Lunatic asylums Burma 1907-21 - 1907-1921
Year: 1907
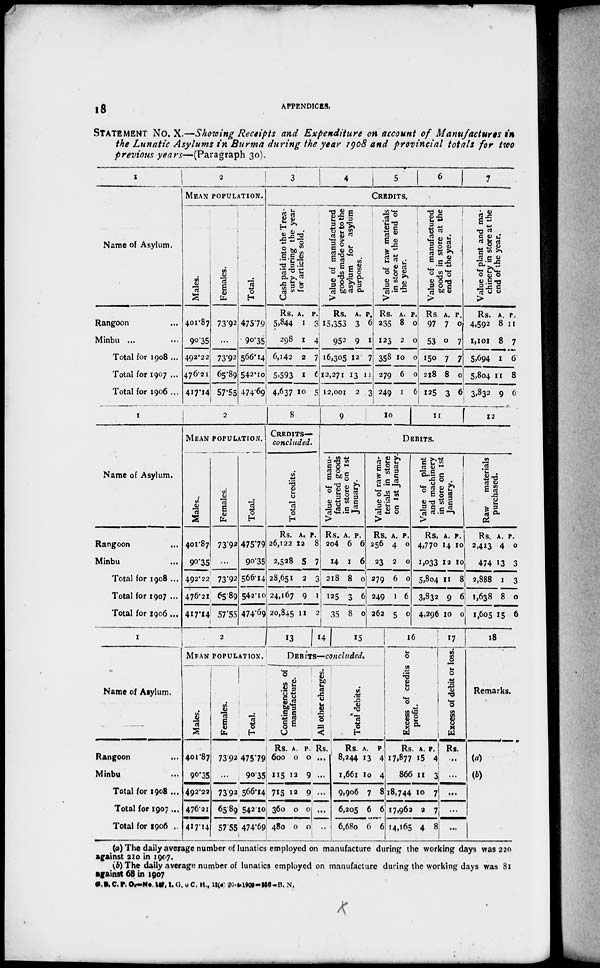
18
APPENDICES.
STATEMENT No. X.—Showing Receipts and Expenditure on account of Manufactures
in
the Lunatic Asylums in Burma during the year 1908 and provincial totals for two
previous years—(Paragraph
30).
1
Name of Asylum.
Rangoon ...
Minbu ...
Total for 1908 ...
Total for 1907 ...
Total for 1906 ...
2
MEAN POPULATION.
Males.
401.87
90.35
492.22
476.21
417.14
Females.
73.92
...
73.92
65.89
57.55
Total.
475.79
90.35
566.14
542.10
474.69
3
4
5
6
7
CREDITS.
Cash paid into the Trea-
sury during the year
for articles sold.
Rs.
5,844
298
6,143
5,593
4,637
A.
1
1
2
1
10
P.
3
4
7
6
5
Value of manufactured
goods made over to the
asylum for asylum
purposes.
Rs.
15,353
952
16,305
12,271
12,001
A.
3
9
12
13
2
P.
6
1
7
11
3
Value of raw materials
in store at the end of
the year.
Rs.
235
123
358
279
249
A.
8
2
10
6
1
P.
0
0
0
0
6
Value of manufactured
goods in store at the
end of the year.
Rs
97
53
150
218
125
A.
7
0
7
8
3
P.
0
7
7
0
6
Value of plant and ma-
chinery in store at the
end of the year.
Rs.
4,592
1,101
5,694
5,804
3,832
A.
8
8
1
11
9
P.
11
7
6
8
6
1
Name of Asylum.
Rangoon ...
Minbu ...
Total for 1908 ...
Total for 1907 ...
Total for 1906 ...
2
MEAN POPULATION.
Males.
401.87
90.35
492.22
476.21
4I7.I4
Females.
73.92
...
73.92
65.89
57.55
Total.
475.79
90.35
566.14
542.10
474.69
8
CREDITS—
concluded.
Total credits.
Rs.
26,122
2,528
28,651
24,167
20,845
A.
12
5
2
9
11
P.
8
7
3
1
2
9
10
11
12
DEBITS.
Value of manu-
factured goods
in store on 1st
January.
Rs.
204
14
218
125
35
A.
6
1
8
0
8
P.
6
6
0
6
0
Value of raw ma-
terials in store
on 1st January.
Rs.
256
23
279
249
262
A.
4
2
6
1
5
P.
0
0
0
6
0
Value of plant
and machinery
in store on 1st
January.
Rs.
4,770
1,033
5,804
3,832
4,296
A.
14
12
11
9
10
P.
10
10
8
6
0
Raw
materials
purchased.
Rs.
2,413
474
2,888
1,638
1,605
A.
4
13
1
8
15
P.
0
3
3
0
6
1
Name of Asylum.
Rangoon ...
Minbu ...
Total for 1908 ...
Total for 1907 ...
Total for 1906 ..
2
MEAN POPULATION.
Males.
401.87
90.35
492.22
476.21
417.14
Females.
73.92
...
73.92
65.89
57.55
Total.
475.79:
90.35
566.14
542.10
474.69
13
14
15
DEBITS—concluded.
Contingencies of
manufacture.
Rs.
600
115
715
360
480
A.
0
12
12
0
0
P.
0
9
9
0
0
All other charges.
Rs.
...
...
...
...
...
Total debits.
Rs.
8,244
1,661
9,906
6,205
6,680
A.
13
10
7
6
6
P
4
4
8
6
6
15
Excess of credits or
profit.
Rs.
17,877
866
18,744
17,962
14,165
A.
15
11
10
2
4
P.
4
3
7
7
8
17
Excess of debit or loss.
Rs.
..
...
...
...
...
18
Remarks.
(a)
(b)
(a) The daily average number of lunatics employed on manufacture during the working days was 220
against 210 in 1907.
(b) The daily average number of lunatics employed on manufacture during the working days was 81
against 68 in 1907
G.D. C. P. O.—No 157,I.G. O C. H., 18(a) 20.4.1908-256-B. N.